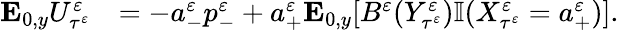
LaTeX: \begin{array}{rl}{\mathbf{E}_{0,y}U_{\tau^{\varepsilon}}^{\varepsilon}}&{=-a_{-}^{\varepsilon}p_{-}^{\varepsilon}+a_{+}^{\varepsilon}\mathbf{E}_{0,y}[B^{\varepsilon}(Y_{\tau^{\varepsilon}}^{\varepsilon})\mathbb{I}(X_{\tau^{\varepsilon}}^{\varepsilon}=a_{+}^{\varepsilon})].}\end{array}